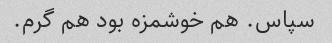
سپاس. هم خوشمزه بود هم گرم.